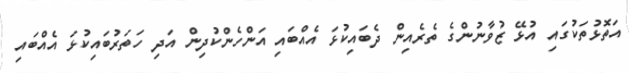
އަތޮޅުތަކުގައި އުޅޭ ޒުވާނުންގެ ތެރެއިން ދެބައިކުޅަ އެއްބައި އަންހެންކުދިން އަދި ހަތަރުބައިކުޅަ އެއްބައި